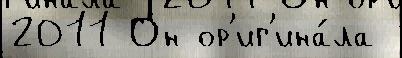
2011 Он ор'иг'ина́ла